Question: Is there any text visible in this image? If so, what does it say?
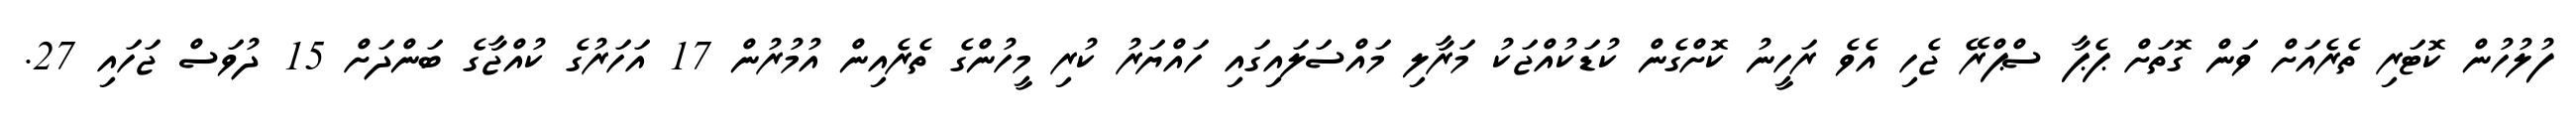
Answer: ފުލުހުން ކޮޓަރި ތެރެއަށް ވަން ގޮތަށް ޕެޕާ ސްޕްރޭ ޖެހި އެވެ ރަހީނު ކޮށްގެން ކުޑަކުއްޖަކު މަރާލި މައްސަލައިގައި ހައްޔަރު ކުރި މީހުންގެ ތެރެއިން އުމުރުން 17 އަހަރުގެ ކުއްޖާގެ ބަންދަށް 15 ދުވަސް ޖަހައި 27.